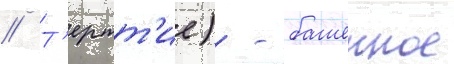
// Т'ертт'ие) - башенное